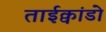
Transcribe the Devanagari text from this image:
ताईक्वांडो